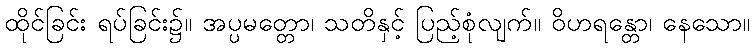
ထိုင်ခြင်း ရပ်ခြင်း၌။ အပ္ပမတ္တော၊ သတိနှင့် ပြည့်စုံလျက်။ ဝိဟရန္တော၊ နေသော။